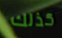
كذلك